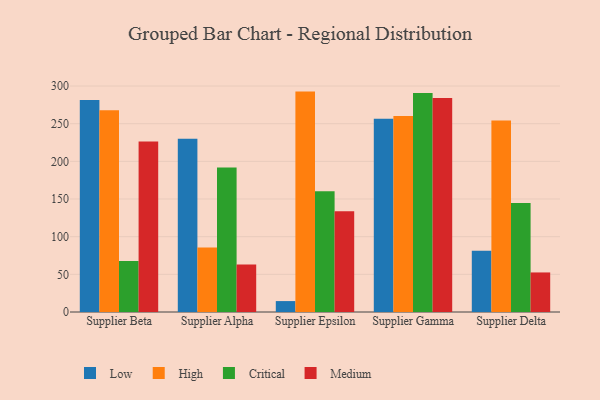
{"axis": {"x": "Supplier", "y": "Active Users"}, "legend": ["Critical", "High", "Low", "Medium"], "data": [{"x": "Supplier Beta", "y": 281.3, "type": "Low"}, {"x": "Supplier Beta", "y": 267.8, "type": "High"}, {"x": "Supplier Beta", "y": 67.8, "type": "Critical"}, {"x": "Supplier Beta", "y": 226.2, "type": "Medium"}, {"x": "Supplier Alpha", "y": 230.1, "type": "Low"}, {"x": "Supplier Alpha", "y": 85.7, "type": "High"}, {"x": "Supplier Alpha", "y": 192.0, "type": "Critical"}, {"x": "Supplier Alpha", "y": 63.2, "type": "Medium"}, {"x": "Supplier Epsilon", "y": 14.5, "type": "Low"}, {"x": "Supplier Epsilon", "y": 292.6, "type": "High"}, {"x": "Supplier Epsilon", "y": 160.2, "type": "Critical"}, {"x": "Supplier Epsilon", "y": 133.7, "type": "Medium"}, {"x": "Supplier Gamma", "y": 256.6, "type": "Low"}, {"x": "Supplier Gamma", "y": 260.2, "type": "High"}, {"x": "Supplier Gamma", "y": 290.7, "type": "Critical"}, {"x": "Supplier Gamma", "y": 284.0, "type": "Medium"}, {"x": "Supplier Delta", "y": 81.2, "type": "Low"}, {"x": "Supplier Delta", "y": 254.1, "type": "High"}, {"x": "Supplier Delta", "y": 144.6, "type": "Critical"}, {"x": "Supplier Delta", "y": 52.5, "type": "Medium"}]}